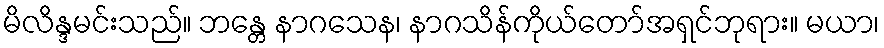
မိလိန္ဒမင်းသည်။ ဘန္တေ နာဂသေန၊ နာဂသိန်ကိုယ်တော်အရှင်ဘုရား။ မယာ၊